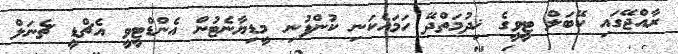
ރާއްޖޭގައި ކޭބަލް ޓީވީގެ ޚިދުމަތްދޭ ހަމައެކަނި ކުންފުނި މީޑިޔާނެޓުން އެންޑްޓީވީ އެޗްޑީ ޗެނަލް